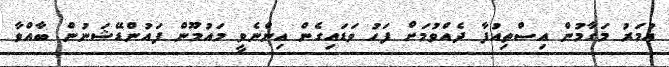
އުމަރު މަގާމުން އިސްތިއުފާ ދެއްވުމަށް ފަހު ވަޑައިގެން އިންނެވީ މައުމޫން ފައުންޑޭޝަނުން ބާއްވާ